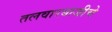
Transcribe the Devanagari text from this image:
तलवारबाजीचे